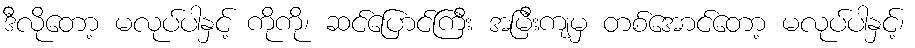
ဒီလိုတော့ မလုပ်ပါနှင့် ကိုကို၊ ဆင်ပြောင်ကြီး အမြီးကျမှ တစ်အောင်တော့ မလုပ်ပါနှင့်၊